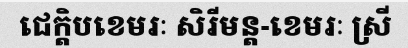
ជេក្តិបខេមរៈ សិរីមន្ត-ខេមរៈ ស្រី